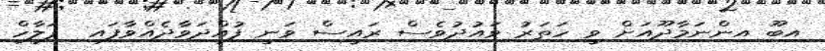
އިބޫ އިންނަމާދޫއަށް ވީ ހަތަރު ވައުދުވެސް ރައީސް ވަނީ ފުއްދަވާދެއްވާފައި  ފަލާހް